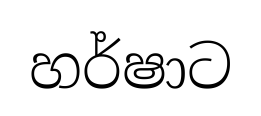
හර්ෂාට